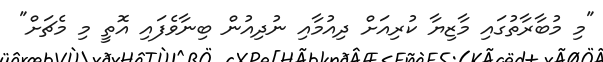
"މި މުބާރާތުގައި މާޒިޔާ ކުރިއަށް ދިއުމާާއި ނުދިއުން ބިނާވެފައި އޮތީ މި މެޗަށް"